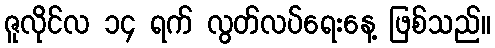
ဇူလိုင်လ ၁၄ ရက် လွတ်လပ်ရေးနေ့ ဖြစ်သည်။